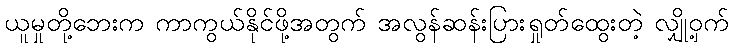
ယူမှုတို့ဘေးက ကာကွယ်နိုင်ဖို့အတွက် အလွန်ဆန်းပြားရှုတ်ထွေးတဲ့ လျှို့ဝှက်